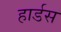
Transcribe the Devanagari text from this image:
हार्डस